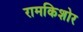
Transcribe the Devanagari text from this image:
रामकिशोर